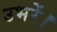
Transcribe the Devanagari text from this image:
उभरें।